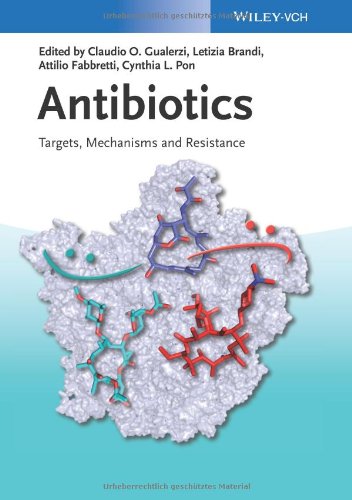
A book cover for Antibiotics: Targets, Mechanisms and Resistance; Medical Books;